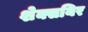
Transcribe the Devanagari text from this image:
शेक्सयिर